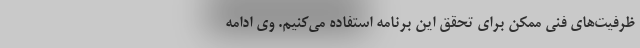
ظرفیت‌های فنی ممکن برای تحقق این برنامه استفاده می‌کنیم. وی ادامه